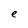
Character: e